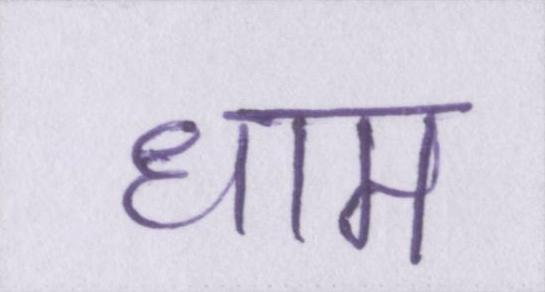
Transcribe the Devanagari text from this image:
धाम